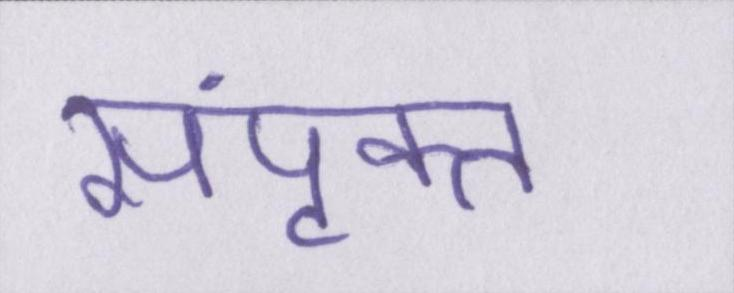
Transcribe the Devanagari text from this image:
संपृक्त